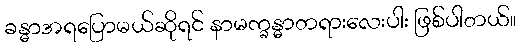
ခန္ဓာအရပြောမယ်ဆိုရင် နာမက္ခန္ဓာတရားလေးပါး ဖြစ်ပါတယ်။